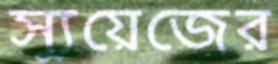
স্যুয়েজের